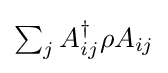
\textstyle \sum _{j}A_{ij}^{\dagger }\rho A_{ij}